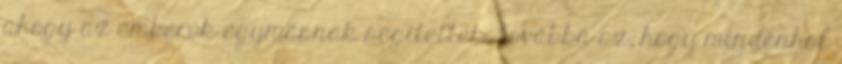
ahogy az emberek egymásnak segítettek, továbbá az, hogy mindenhol